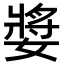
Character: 𭒝